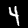
Label: 4